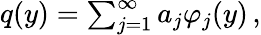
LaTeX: \begin{array}{r}{q(y)=\sum_{j=1}^{\infty}a_{j}\varphi_{j}(y)\, ,}\end{array}